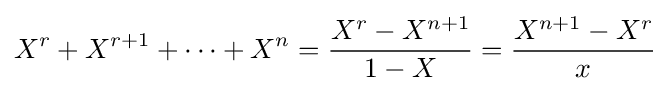
X^{r}+X^{r+1}+\dots +X^{n}={\frac {X^{r}-X^{n+1}}{1-X}}={\frac {X^{n+1}-X^{r}}{x}}